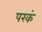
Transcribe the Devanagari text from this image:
परकं